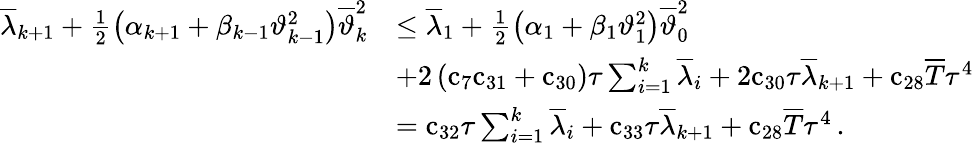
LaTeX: \begin{array}{rl}{{\overline{{\lambda}}}_{k+1}+\frac{1}{2}\left({\alpha}_{k+1}+{\beta}_{k-1}{\vartheta}_{k-1}^{2}\right){\overline{{\vartheta}}}_{k}^{2}}&{\leq{\overline{{\lambda}}}_{1}+\frac{1}{2}\left({\alpha}_{1}+{\beta}_{1}{\vartheta}_{1}^{2}\right){\overline{{\vartheta}}}_{0}^{2}}\\ &{+{2}\left({\mathrm{c}}_{7}{\mathrm{c}}_{31}+{\mathrm{c}}_{30}\right){\tau}\sum_{i=1}^{k}{{\overline{{\lambda}}}_{i}}+{2}{\mathrm{c}}_{30}{\tau}{\overline{{\lambda}}}_{k+1}+{\mathrm{c}}_{28}{\overline{{T}}}{\tau}^{4}}\\ &{={\mathrm{c}}_{32}{\tau}\sum_{i=1}^{k}{{\overline{{\lambda}}}_{i}}+{\mathrm{c}}_{33}{\tau}{\overline{{\lambda}}}_{k+1}+{\mathrm{c}}_{28}{\overline{{T}}}{\tau}^{4}\, .}\end{array}